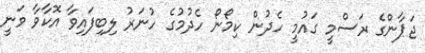
ޖަޕާންގެ ރަސްމީ ގައުމީ ހެދުން ކިމޯނޯ ހެދުމުގެ ހުނަރު ލިބިފައިވާ އޮކާވާ ވަނީ